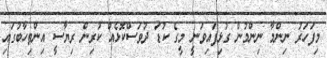
މިފަހަރު ނިންމާ ނިންމުން ގުޅިފައިވަނީ މީގެ ކުޑަ ދުވަސްކޮޅެއް ކުރިން ރިޔާސީ އިންތިހާބުގައި